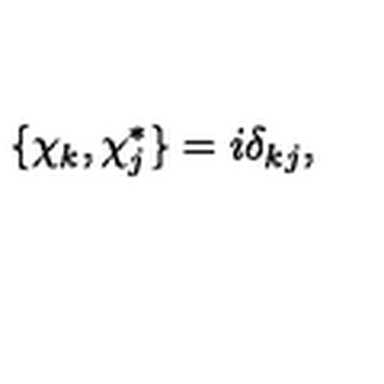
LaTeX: \{ \chi _ { k } , \chi _ { j } ^ { * } \} = i \delta _ { k j } ,